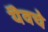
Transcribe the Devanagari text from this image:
यॆवचे